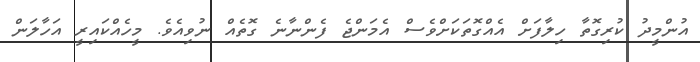
އުންމީދު ކުރިގޮތާ ހިލާފަށް އެއްގޮތަކަށްވެސް އެމަންޖެ ފެންނާނެ ގޮތެއް ނުވިއެވެ. މީހެއްކައިރީ އަހާލަން